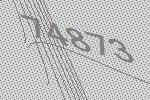
74873